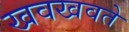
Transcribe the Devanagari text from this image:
खवखवते